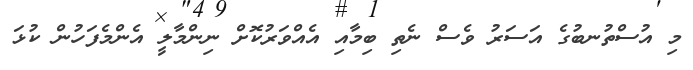
މި އުސްތުނބުގެ އަސަރު ވެސް ނެތި ބިމާއި އެއްވަރުކޮށް ނިންމާލީ އެންމެފަހުން ކުޅަ